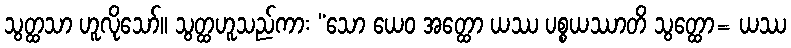
သွတ္ထသာ ဟူလိုသော်။ သွတ္ထဟူသည်ကား “သော ယေဝ အတ္ထော ယဿ ပစ္စယဿာတိ သွတ္ထော= ယဿ